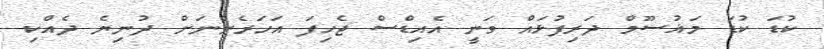
ކުޑަ ކުޑަ މަޣުސޫމް ދަރިފުޅައް ވަނީ އެއިޑްސް ޖެހިފަ އަހަރެންނަށް ދުނިޔެ ދެއްކި